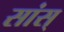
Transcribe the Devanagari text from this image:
सांस्